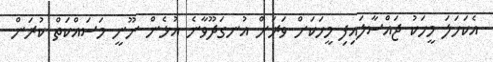
އެކަހަލަ މީހަކު ޖައްސާލައިފި މީހަކަށް ވަރަށް އުނގަދޫވާނެ އުޅެން ނޫނީ މަސައްކަތް ކުރަން